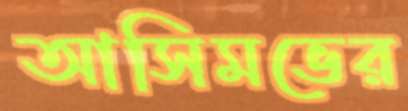
আসিমভের